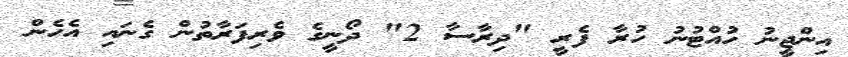
އިންޖީނު ހުއްޓުނު ހުރާ ފެރީ "ދިރާސާ 2" ދޯނީގެ ވެރިފަރާތުން ގެނައި އެހެން